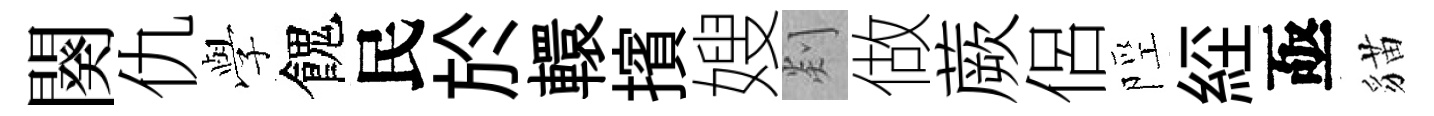
闋仇𫝯餽民於轘擯嫂剡做蕨侶陘𦀇亟貓